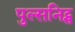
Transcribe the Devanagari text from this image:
पुल्सनिट्स